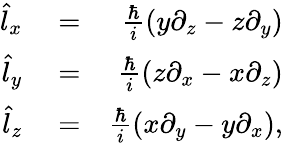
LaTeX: \begin{array}{rlr}{\hat{l}_{x}}&{{}=}&{\frac{\hbar}{i}\left(y\partial_{z}-z\partial_{y}\right)}\\ {\hat{l}_{y}}&{{}=}&{\frac{\hbar}{i}\left(z\partial_{x}-x\partial_{z}\right)}\\ {\hat{l}_{z}}&{{}=}&{\frac{\hbar}{i}\left(x\partial_{y}-y\partial_{x}\right),}\end{array}